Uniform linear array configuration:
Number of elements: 32
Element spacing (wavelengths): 1
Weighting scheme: cosine
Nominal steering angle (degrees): -60
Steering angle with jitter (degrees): -61.495
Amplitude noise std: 0.05
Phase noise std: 0.05

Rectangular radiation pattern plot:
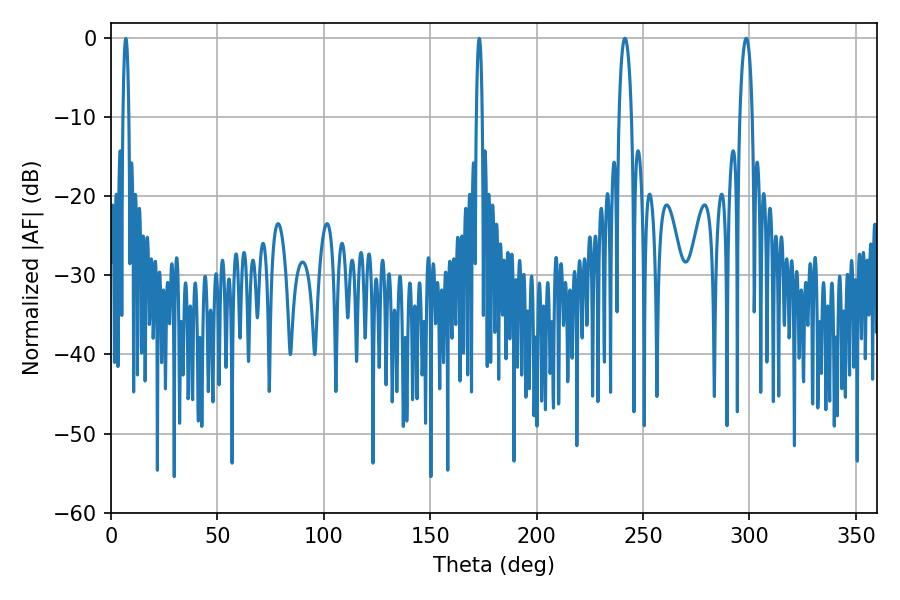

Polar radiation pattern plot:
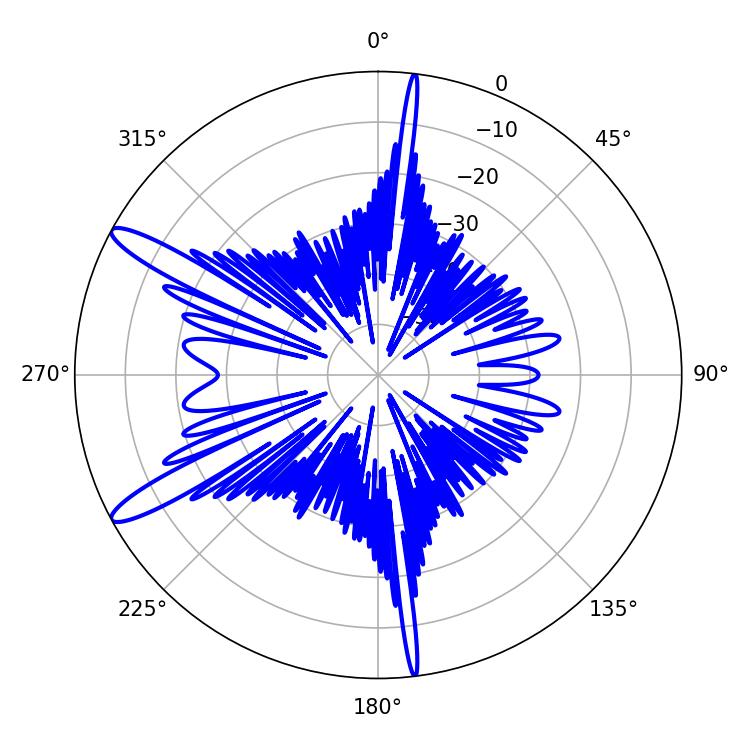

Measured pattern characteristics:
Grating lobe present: TRUE
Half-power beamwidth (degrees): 3.24
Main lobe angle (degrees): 298.44